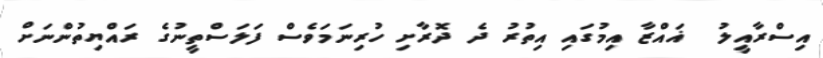
އިސްރާއީލު  ޣައްޒާ އިމުގައި އިތުރު ދެ ދޮރާށި ހުރިނަމަވެސް ފަލަސްތީނުގެ ރައްޔިތުންނަށް